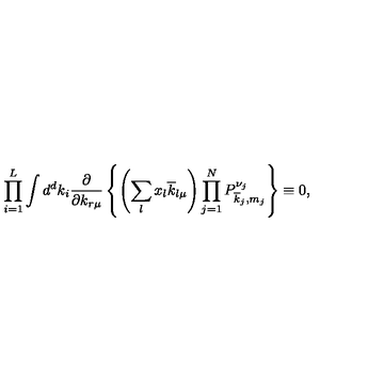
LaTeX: \prod _ { i = 1 } ^ { L } \int d ^ { d } k _ { i } \frac { \partial } { \partial k _ { r \mu } } \left\{ \left( \sum _ { l } x _ { l } \overline { { k } } _ { l \mu } \right) \prod _ { j = 1 } ^ { N } P _ { \overline { { k } } _ { j } , m _ { j } } ^ { \nu _ { j } } \right\} \equiv 0 ,